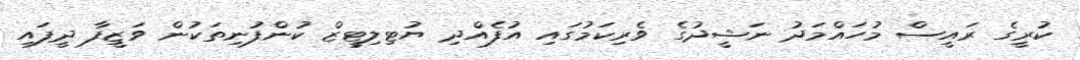
ކުރީގެ ރައީސް މުހައްމަދު ނަޝީދުގެ ވެރިކަމުގައި އުފެއްދި ޔުޓިލިޓީޒް ކުންފުނިތަކުން ވަޒީފާ ދީފައި